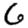
Digit: 6